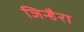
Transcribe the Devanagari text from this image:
जिन्हैरा